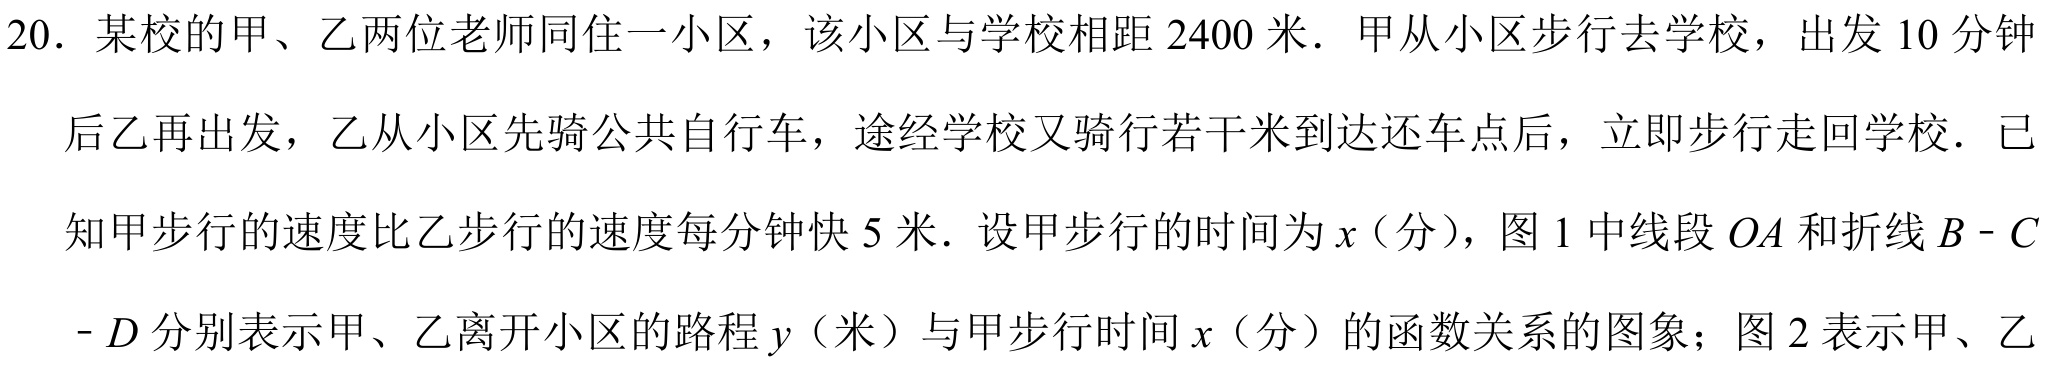
20. 某校的甲、乙两位老师同住一小区，该小区与学校相距 \(2400\) 米. 甲从小区步行去学校，出发 \(10\) 分钟后乙再出发，乙从小区先骑公共自行车，途经学校又骑行若干米到达还车点后，立即步行走回学校. 已知甲步行的速度比乙步行的速度每分钟快 \(5\) 米. 设甲步行的时间为 \(x\)（分），图 1 中线段 \(OA\) 和折线 \(B - C - D\) 分别表示甲、乙离开小区的路程 \(y\)（米）与甲步行时间 \(x\)（分）的函数关系的图象；图 2 表示甲、乙